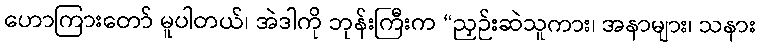
ဟောကြားတော် မူပါတယ်၊ အဲဒါကို ဘုန်းကြီးက “ညှဉ်းဆဲသူကား၊ အနာများ၊ သနား